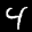
Label: 4